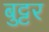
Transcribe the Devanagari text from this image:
बुट्टर